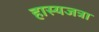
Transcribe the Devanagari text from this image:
हास्यजत्रा